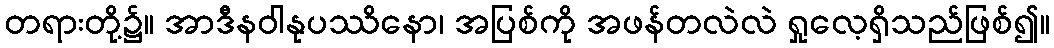
တရားတို့၌။ အာဒီနဝါနုပဿိနော၊ အပြစ်ကို အဖန်တလဲလဲ ရှုလေ့ရှိသည်ဖြစ်၍။